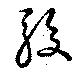
駮